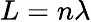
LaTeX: L=n\lambda